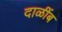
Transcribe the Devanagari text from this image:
दाळींब